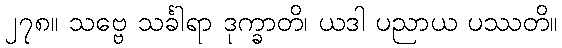
၂၇၈။ သဗ္ဗေ သင်္ခါရာ ဒုက္ခာတိ၊ ယဒါ ပညာယ ပဿတိ။